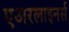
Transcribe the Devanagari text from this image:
एअरलाइनर्स